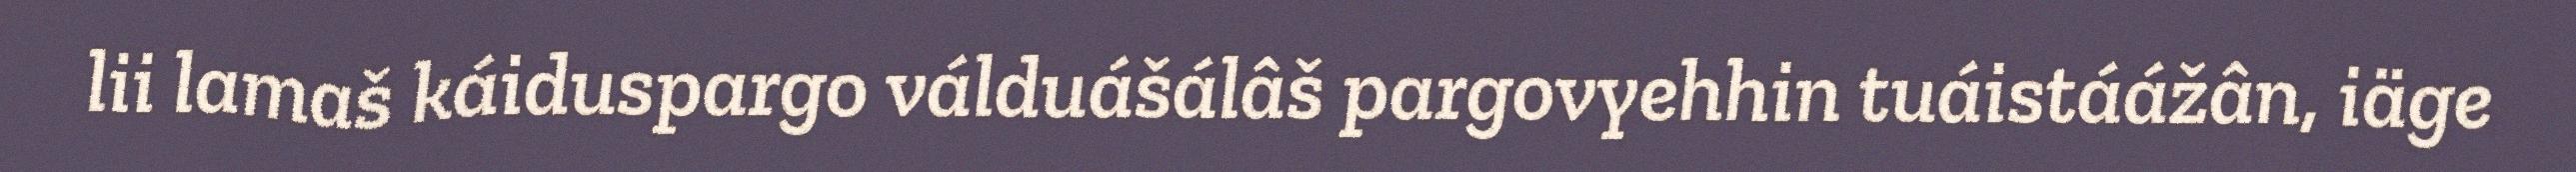
lii lamaš káiduspargo válduášálâš pargovyehhin tuáistáážân, iäge